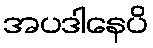
အပဒါနေပိ